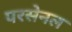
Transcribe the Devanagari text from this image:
परसेनल